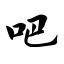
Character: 吧